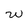
Character: w